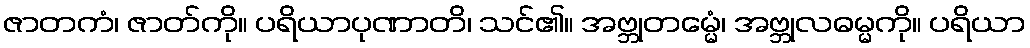
ဇာတကံ၊ ဇာတ်ကို။ ပရိယာပုဏာတိ၊ သင်၏။ အဗ္ဘုတမ္မေံ၊ အဗ္ဘုလဓမ္မကို။ ပရိယာ